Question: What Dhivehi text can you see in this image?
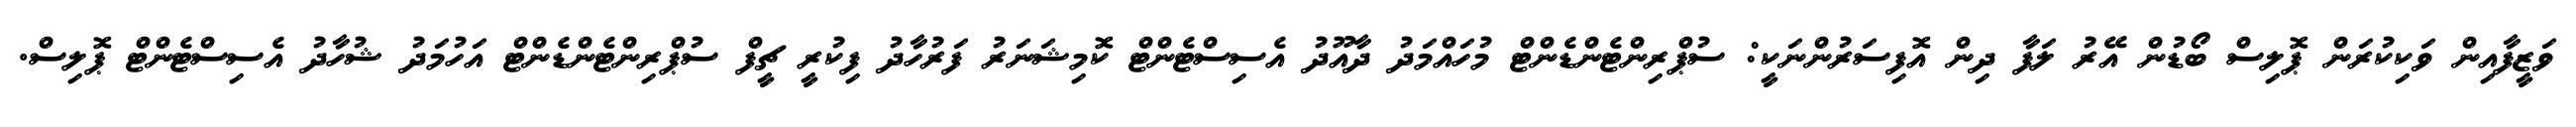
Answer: ވަޒީފާއިން ވަކިކުރަން ޕޮލިސް ބޯޑުން އޭރު ލަފާ ދިން އޮފިސަރުންނަކީ: ސުޕްރިންޓެންޑެންޓް މުހައްމަދު ދާއޫދު އެސިސްޓެންޓް ކޮމިޝަނަރު ފަރުހާދު ފިކުރީ ޗީފް ސުޕްރިންޓެންޑެންޓް އަހުމަދު ޝުހާދު އެސިސްޓެންޓް ޕޮލިސް.